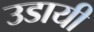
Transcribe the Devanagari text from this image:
उडायी